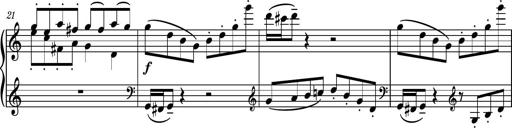
Title: Piano Sonatina No.3
Composer: Dimitri Sykias
Key: C major